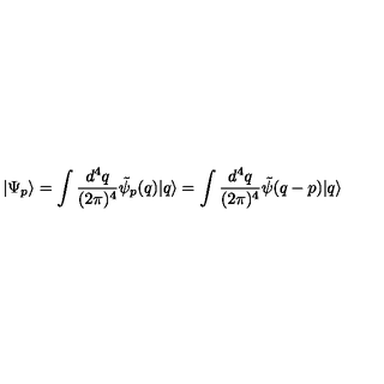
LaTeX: | \Psi _ { p } \rangle = \int \frac { d ^ { 4 } q } { ( 2 \pi ) ^ { 4 } } \tilde { \psi } _ { p } ( q ) | q \rangle = \int \frac { d ^ { 4 } q } { ( 2 \pi ) ^ { 4 } } \tilde { \psi } ( q - p ) | q \rangle